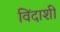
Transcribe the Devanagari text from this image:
विंदाशी